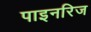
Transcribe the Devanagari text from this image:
पाइनरिज